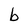
Character: b